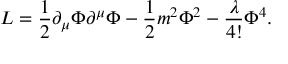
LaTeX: { \cal L } = \frac { 1 } { 2 } \partial _ { \mu } \Phi \partial ^ { \mu } \Phi - \frac { 1 } { 2 } m ^ { 2 } \Phi ^ { 2 } - \frac { \lambda } { 4 ! } \Phi ^ { 4 } .